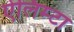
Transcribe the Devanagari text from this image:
ऐलिम्टा